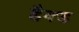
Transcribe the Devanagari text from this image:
हैक्ड